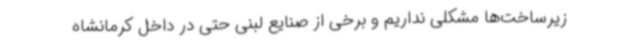
زیرساخت‌ها مشکلی نداریم و برخی از صنایع لبنی حتی در داخل کرمانشاه